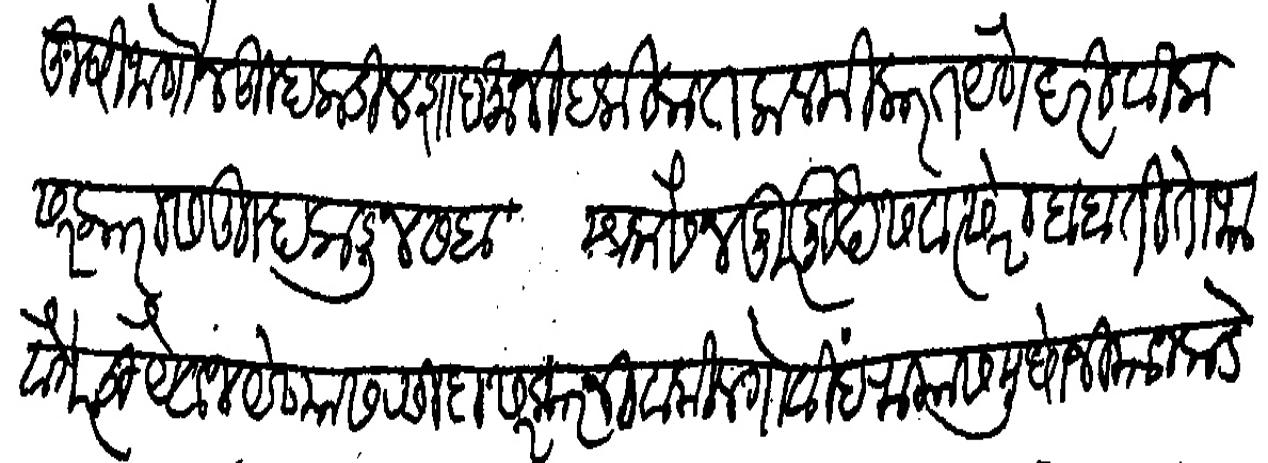
Transliteration (Devanagari): खुषी जाणोत तुम्हाकडील शादमानी हकीकत कलमी करीत येणे दरीवीला सरकारास तुम्हाकडून सबा सलासैन दुर्मुख संवत्सरा बाबती तोफा वगैरेचा यैवज येण्यास रसीदा सरकारनी वकील गोविंद रायास मुधोजी याजकडे